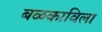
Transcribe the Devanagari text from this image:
बळकाविला